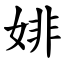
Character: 婔